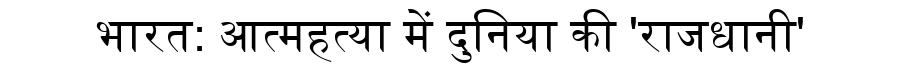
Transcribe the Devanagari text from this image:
भारत: आत्महत्या में दुनिया की 'राजधानी'